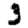
Digit: 3